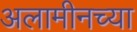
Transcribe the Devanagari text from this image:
अलामीनच्या